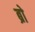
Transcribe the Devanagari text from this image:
ब्राे